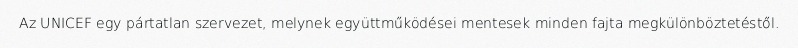
Az UNICEF egy pártatlan szervezet, melynek együttműködései mentesek minden fajta megkülönböztetéstől.